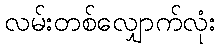
လမ်းတစ်လျှောက်လုံး